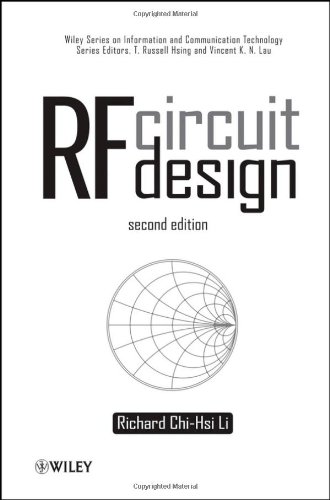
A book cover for RF Circuit Design; Richard C. Li; Crafts, Hobbies & Home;